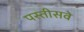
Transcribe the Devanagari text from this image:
पस्तीसवे